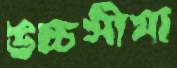
উচ্চসীমা